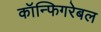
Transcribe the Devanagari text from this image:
कॉन्फिगरेबल